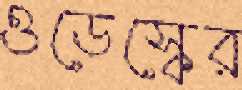
ওডেস্কের